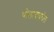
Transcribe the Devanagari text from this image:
पोलादावरील